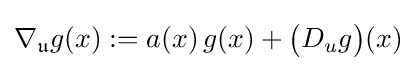
\nabla _{\mathfrak {u}}g(x):=a(x)\,g(x)+{\big (}D_{u}g{\big )}(x)